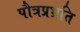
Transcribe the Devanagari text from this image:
पौत्रप्रभ्रति